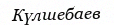
Күлшебаев